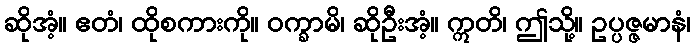
ဆိုအံ့။ ဧတံ၊ ထိုစကားကို။ ဝက္ခာမိ၊ ဆိုဦးအံ့။ ဣတိ၊ ဤသို့။ ဥပ္ပဇ္ဇမာနံ၊